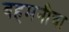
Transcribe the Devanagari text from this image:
बहमनीचा